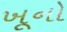
ખૂનો